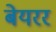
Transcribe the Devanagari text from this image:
बेयरर